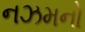
નઝમનો